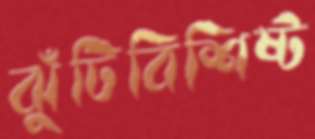
ঝুঁটিবিশিষ্ট